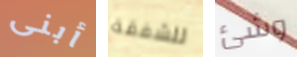
أبنى للشفقة وشئ